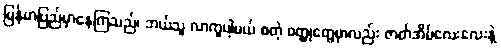
မြန်မာပြည်မှာနေကြသည်၊ ဘယ်သူ လာကူပါ့မယ် စတဲ့ ဝတ္ထုတွေမှာလည်း ဇာတ်အိမ်လေးလေးနဲ့